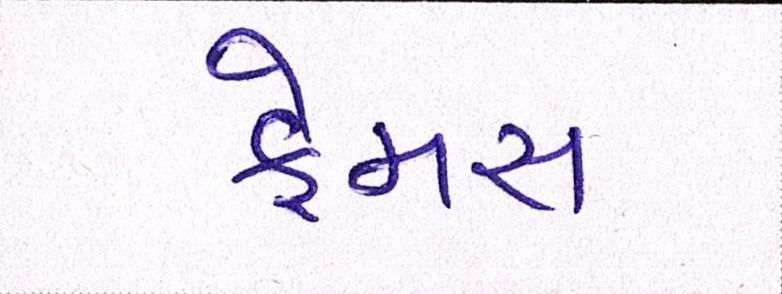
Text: ફેમસ